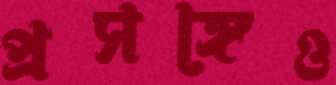
প্রসঙ্গেও